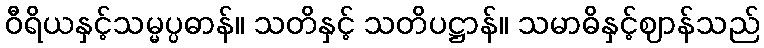
ဝီရိယနှင့်သမ္မပ္ပဓာန်။ သတိနှင့် သတိပဋ္ဌာန်။ သမာဓိနှင့်ဈာန်သည်